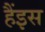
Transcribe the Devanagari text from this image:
हैंइस